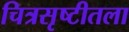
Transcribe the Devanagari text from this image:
चित्रसृष्टीतला